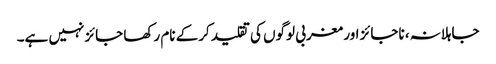
جاہلانہ، ناجائز اور مغربی لوگوں کی تقلید کرکے نام رکھا جائزنہیں ہے۔